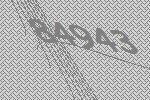
84943